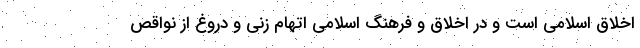
اخلاق اسلامی است و در اخلاق و فرهنگ اسلامی اتهام زنی و دروغ از نواقص